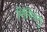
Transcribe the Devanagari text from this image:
निंगिरसु